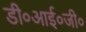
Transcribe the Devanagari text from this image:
डी०आई०जी०